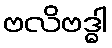
ဗလိဗဒ္ဓါ